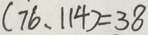
( 7 6 、 1 1 4 ) = 3 8